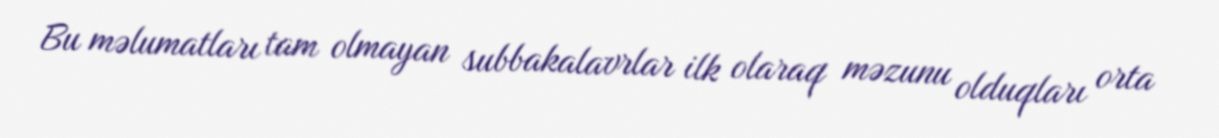
Bu məlumatları tam olmayan subbakalavrlar ilk olaraq məzunu olduqları orta